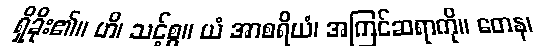
ရှိခိုး၏။ ဟိ၊ သင့်စွ။ ယံ အာစရိယံ၊ အကြင်ဆရာကို။ တေန၊